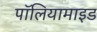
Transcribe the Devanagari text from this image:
पॉलियामाइड